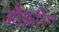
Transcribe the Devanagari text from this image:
औफ़रिंग